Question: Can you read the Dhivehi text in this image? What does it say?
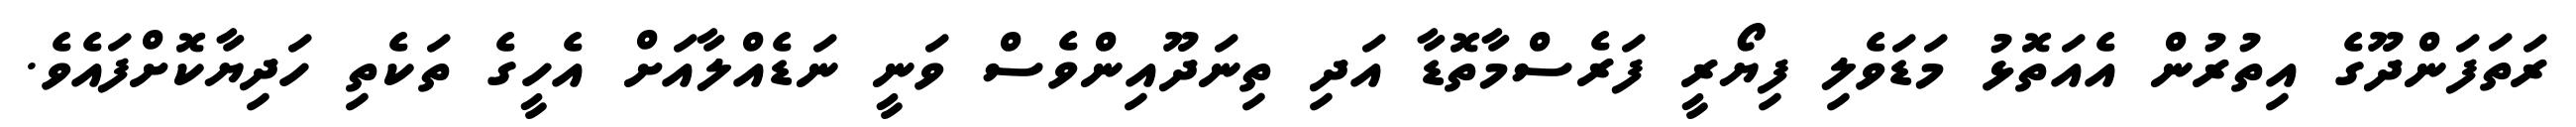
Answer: ރަތަފަންދޫގެ އިތުރުން އެއަތޮޅު މަޑަވެލި ފިޔޯރީ ފަރެސްމާތޮޑާ އަދި ތިނަދޫއިންވެސް ވަނީ ނަޑެއްލާއަށް އެހީގެ ތަކެތި ހަދިޔާކޮށްފައެވެ.